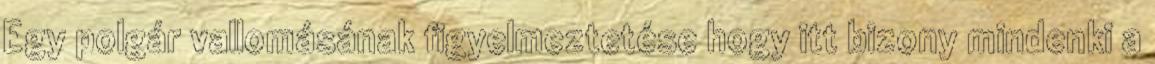
Egy polgár vallomásának figyelmeztetése hogy itt bizony mindenki a